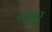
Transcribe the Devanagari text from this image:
क्सुए